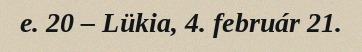
e. 20 – Lükia, 4. február 21.